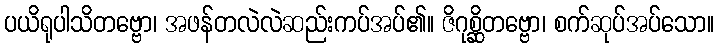
ပယိရုပါသိတဗ္ဗော၊ အဖန်တလဲလဲဆည်းကပ်အပ်၏။ ဇိဂုစ္ဆိတဗ္ဗော၊ စက်ဆုပ်အပ်သော။